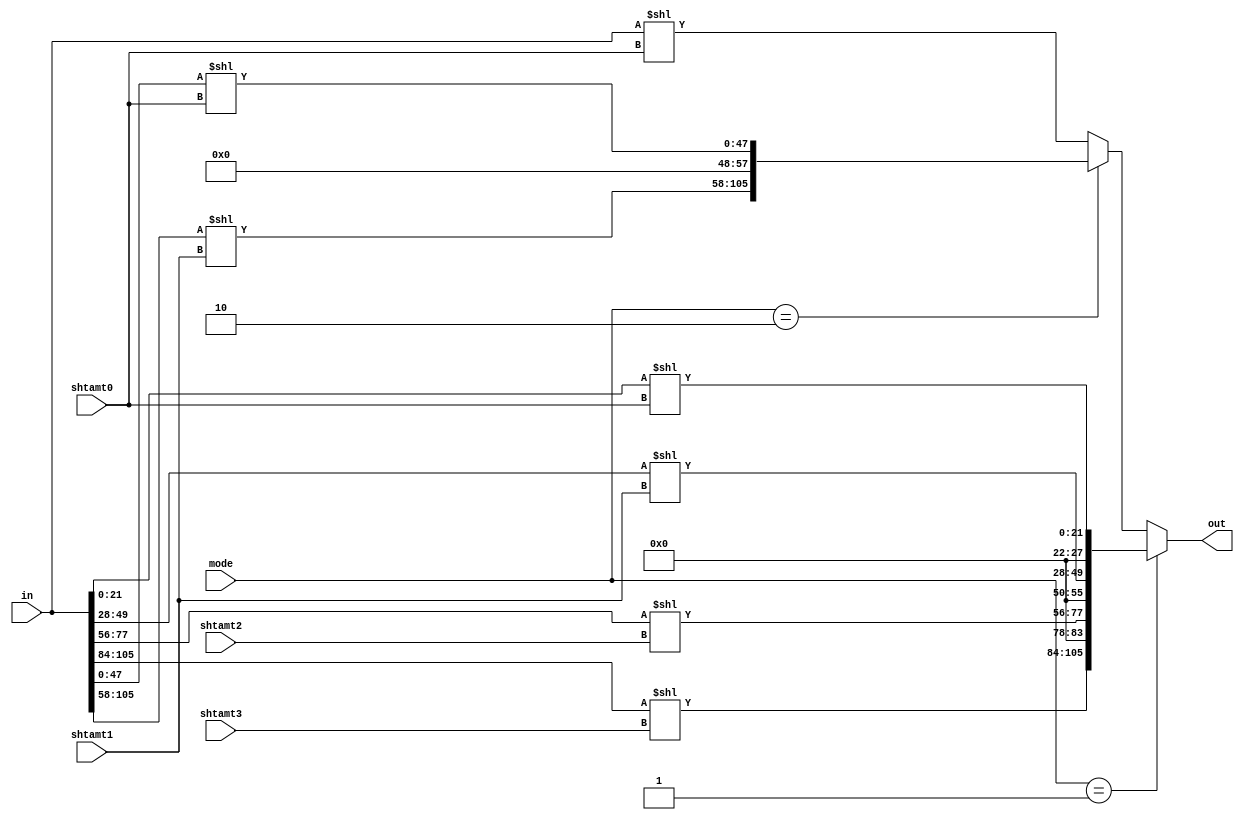
// Title: Normalize V 1.0 (No Changelog)
// Created: 
// Updated: 
//---------------------------------------------------------------------------
// 
// 
//
//---------------------------------------------------------------------------
module normalize (
    input       [105:0]  in,
    input       [6:0]   shtamt0,
    input       [6:0]   shtamt1,
    input       [6:0]   shtamt2,
    input       [6:0]   shtamt3,
    input       [1:0]   mode,
    output reg  [105:0] out
);

    reg [105:0]out_temp;
    always @(*) begin
        if(mode == 2'b01) begin
            out_temp[21:0] = in[21:0] << shtamt0;   out_temp[27:22] = 6'b0;
            out_temp[49:28] = in[49:28] << shtamt1;   out_temp[55:50] = 6'b0;
            out_temp[77:56] = in[77:56] << shtamt2;  out_temp[83:78] = 6'b0;
            out_temp[105:84] = in[105:84] << shtamt3;
            out = out_temp;
        end else if (mode == 2'b10) begin
            out_temp[47:0] = in[47:0] << shtamt0; out_temp[57:48] = 10'b0;
            out_temp[105:58] = in[105:58] << shtamt1;
            out = out_temp;
        end else begin
            out_temp = in << shtamt0;
            out = out_temp;
        end
    end

endmodule